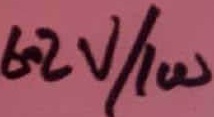
Text: 6.2V/1W